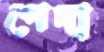
পেদা